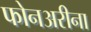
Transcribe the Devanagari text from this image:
फोनअरीना